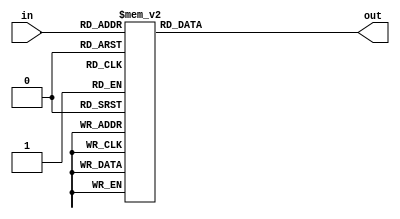
module SevenSegment(input [3:0] in, output reg[6:0] out);

	always @(in) begin
		case(in)
			4'b0000: out = 7'b1111110;
			4'b0001: out = 7'b0110000;
			4'b0010: out = 7'b1101101;
			4'b0011: out = 7'b1111001;
			4'b0100: out = 7'b0110011;
			4'b0101: out = 7'b1011011;
			4'b0110: out = 7'b1011111;
			4'b0111: out = 7'b1110000;
			4'b1000: out = 7'b1111111;
			4'b1001: out = 7'b1111011;
			default: out = 7'b1111110;
		endcase
	end

endmodule